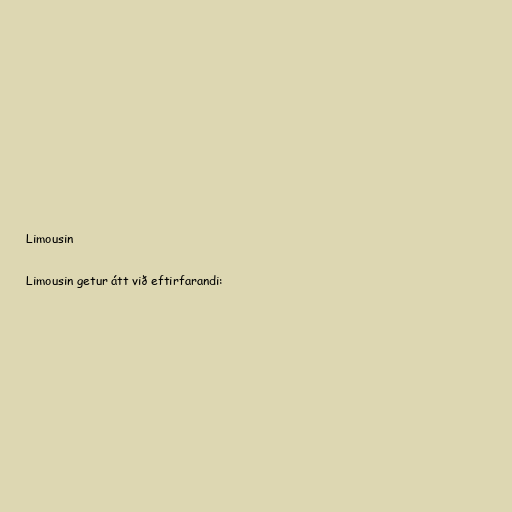
Limousin

Limousin getur átt við eftirfarandi: